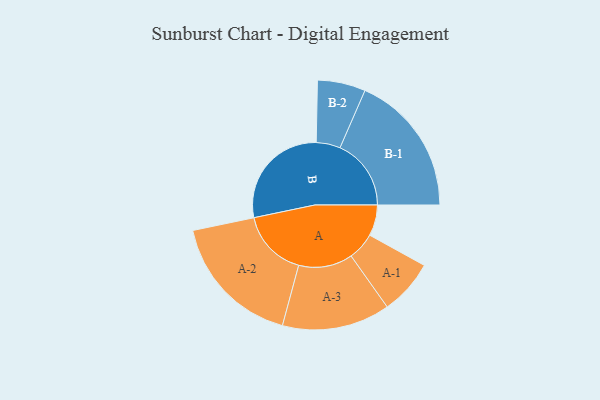
{"axis": {"x": "Segment", "y": "Value"}, "legend": ["", "A", "B"], "data": [{"x": "A", "y": 130, "type": ""}, {"x": "B", "y": 463, "type": ""}, {"x": "A-1", "y": 116, "type": "A"}, {"x": "A-2", "y": 284, "type": "A"}, {"x": "A-3", "y": 227, "type": "A"}, {"x": "B-1", "y": 299, "type": "B"}, {"x": "B-2", "y": 101, "type": "B"}]}